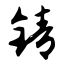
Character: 锖